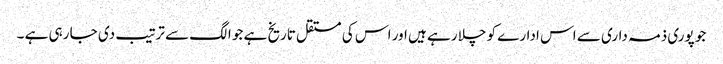
جو پوری ذمہ داری سے اس ادارے کو چلا رہے ہیں اور اس کی مستقل تاریخ ہے جو الگ سے ترتیب دی جا رہی ہے ۔